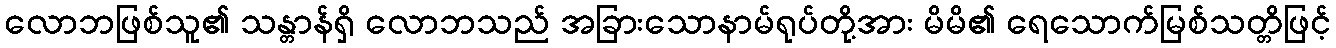
လောဘဖြစ်သူ၏ သန္တာန်ရှိ လောဘသည် အခြားသောနာမ်ရုပ်တို့အား မိမိ၏ ရေသောက်မြစ်သတ္တိဖြင့်